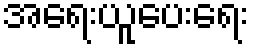
အရေးယူပေးရေး